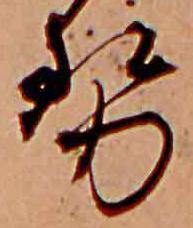
せ